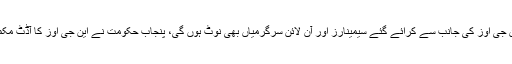
ذرائع محکمہ داخلہ کا مزید کہنا تھا کہ این جی اوز کی جانب سے کرائے گئے سیمینارز اور آن لائن سرگرمیاں بھی نوٹ ہوں گی، پنجاب حکومت نے این جی اوز کا آڈٹ مکمل کر لیا اور اب فیصلے لیے جارہے ہیں۔